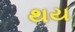
થય